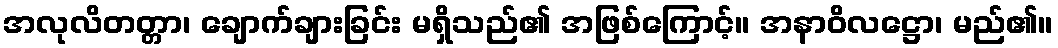
အလုလိတတ္တာ၊ ချောက်ချားခြင်း မရှိသည်၏ အဖြစ်ကြောင့်။ အနာဝိလဋ္ဌော၊ မည်၏။